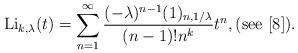
LaTeX: \begin{align*}\mathrm{Li}_{k,\lambda}(t)=\sum_{n=1}^{\infty}\frac{(-\lambda)^{n-1}(1)_{n,1/\lambda}}{(n-1)!n^{k}}t^{n},(\mathrm{see}\ [8]).\end{align*}